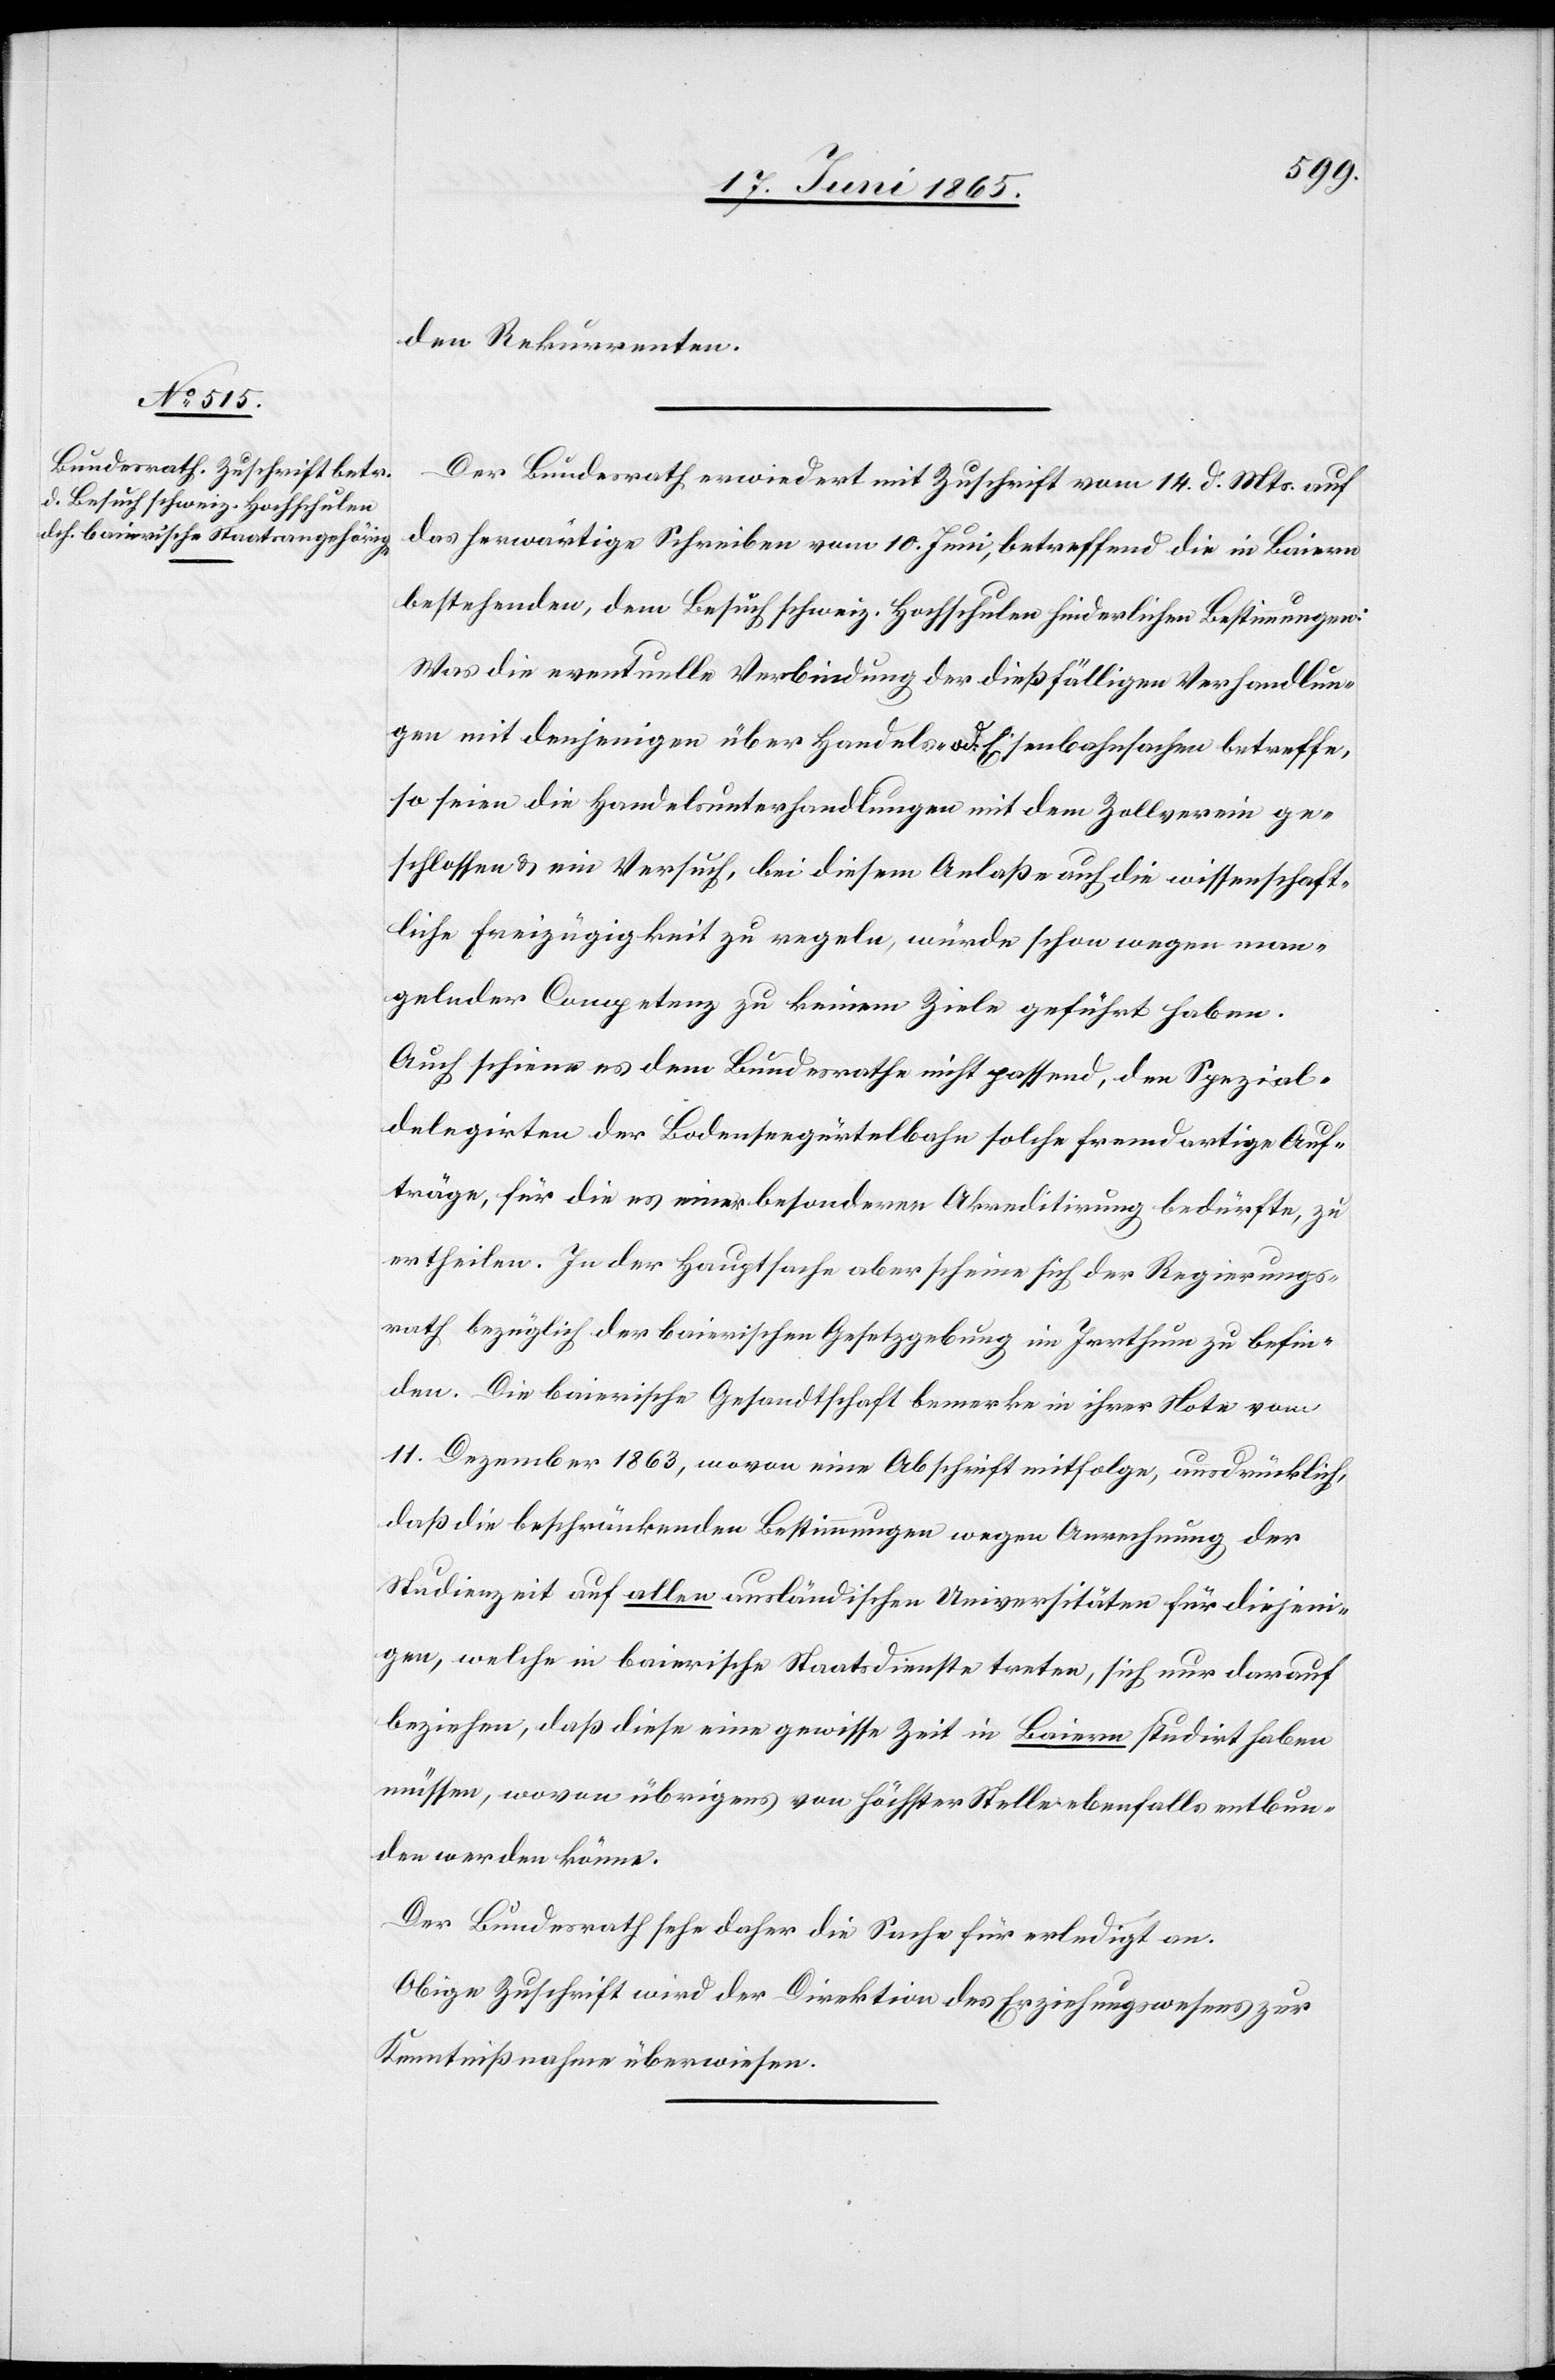
den Rekurrenten.
Der Bundesrath erwiedert mit Zuschrift vom 14. d. Mts. auf
das herwärtige Schreiben vom 10. Juni, betreffend die in Baiern
bestehenden, dem Besuch schweiz. Hochschulen hinderlichen Bestimmungen:
Was die eventuelle Verbindung der dießfälligen Verhandlun¬
gen mit denjenigen über Handels- od. Eisenbahnsachen betreffe,
so seien die Handelsunterhandlungen mit dem Zollverein ge¬
schlossen & ein Versuch, bei diesem Anlaße auch die wissenschaft¬
liche Freizügigkeit zu regeln, würde schon wegen man¬
gelnder Competenz zu keinem Ziele geführt haben.
Auch schiene es dem Bundesrathe nicht passend, den Spezial¬
delegirten der Bodenseegürtelbahn solche fremdartige Auf¬
träge, für die es einer besondern Akreditirung bedürfte, zu
ertheilen. In der Hauptsache aber scheine sich der Regierungs¬
rath bezüglich der baierischen Gesetzgebung im Irrthum zu befin¬
den. Die baierische Gesandtschaft bemerke in ihrer Note vom
11. Dezember 1863, wovon eine Abschrift mitfolge, ausdrücklich,
daß die beschränkenden Bestimmungen wegen Anrechnung der
Studienzeit auf allen ausländischen Universitäten für diejeni¬
gen, welche in baierische Staatsdienste treten, sich nur darauf
beziehen, daß diese eine gewisse Zeit in Baiern studirt haben
müssen, wovon übrigens von höchster Stelle ebenfalls entbun¬
den werden könne.
Der Bundesrath sehe daher die Sache für erledigt an.
Obige Zuschrift wird der Direktion des Erziehungswesens zur
Kenntnißnahme überwiesen.